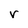
Character: r